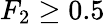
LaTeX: F_{2}\geq 0.5